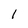
Character: 1